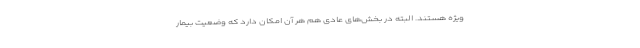
ویژه هستند. البته در بخش‌های عادی هم هر آن امکان دارد که وضعیت بیمار